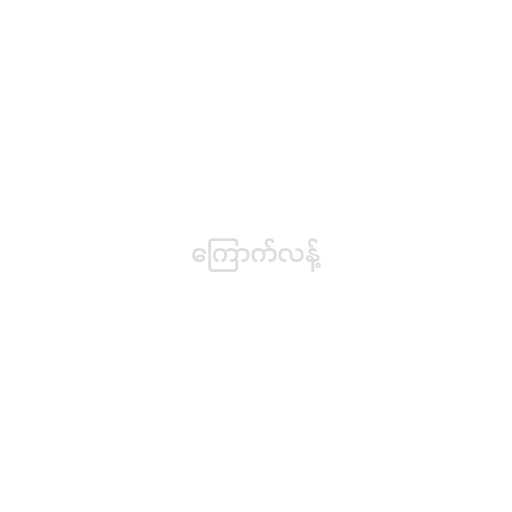
ကြောက်လန့်